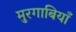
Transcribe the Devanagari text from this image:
मुरगाबियाँ